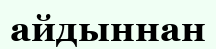
айдыннан